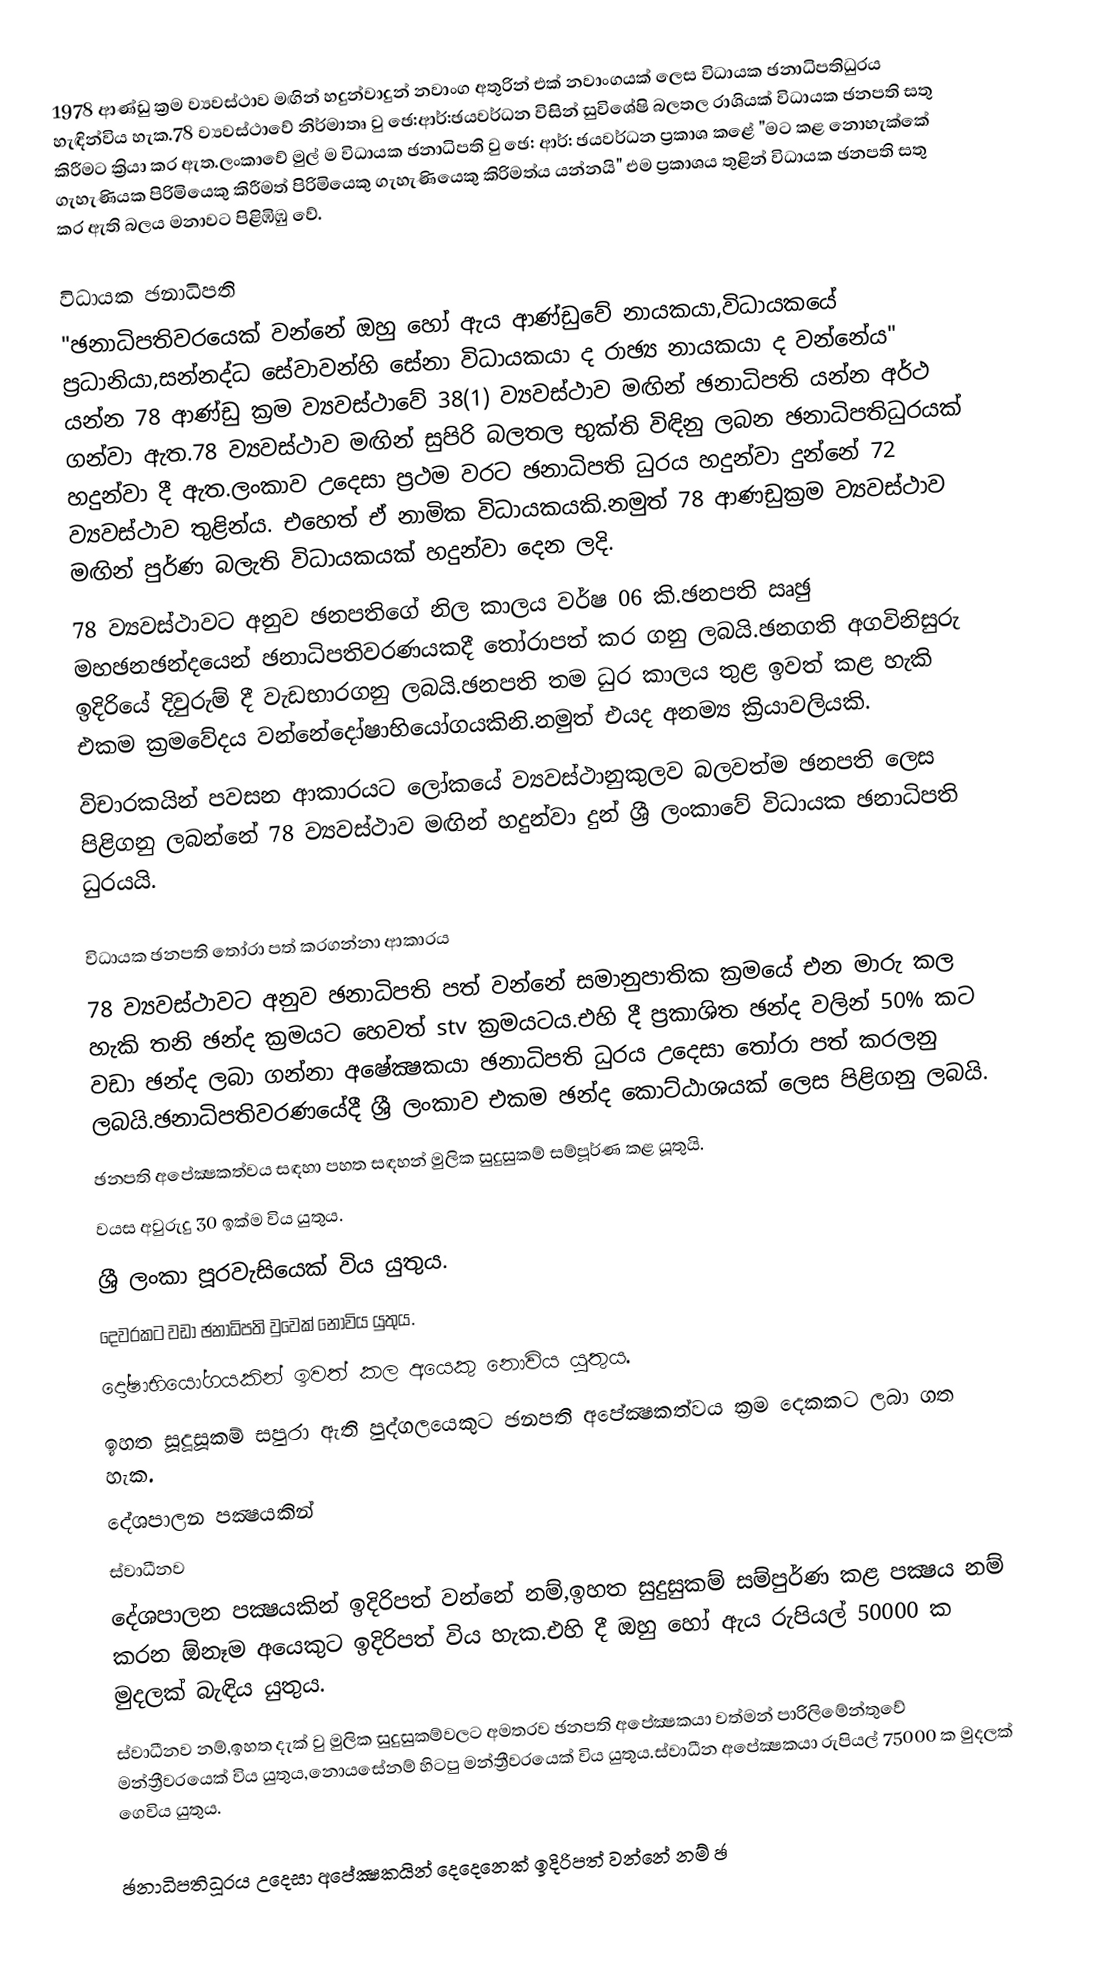
1978 ආණ්ඩු ක්‍රම ව්‍යවස්ථාව මඟින් හදුන්වාදුන් නවාංග අතුරින් එක් නවාංගයක් ලෙස විධායක ඡනාධිපතිධුරය හැඳින්විය හැක.78 ව්‍යවස්ථා‍වේ නිර්මාතෘ වු ඡෙ:ආර්:ඡයවර්ධන විසින් සුවිශේෂි බලතල රාශියක් විධායක ඡනපති සතු කිරීමට ක්‍රියා කර ඇත.ලංකාවේ මුල් ම විධායක ඡනාධිපති වු ‍ඡෙ: ආර්: ඡයවර්ධන ප්‍රකාශ කළේ "මට කළ නොහැක්කේ ගැහැණියක පිරිමියෙකු කිරීමත් පිරිමියෙකු ගැහැණියෙකු කිරිමත්ය යන්නයි" එම ප්‍රකාශය තුළින් විධායක ඡනපති සතු කර ඇති බලය මනාවට පිළිඹිඹු වේ.

විධායක ඡනාධිපති
"ඡනාධිපතිවරයෙක් වන්නේ ඔහු හෝ ඇය ආණ්ඩුවේ නායකයා,විධායකයේ ප්‍රධානියා,සන්නද්ධ සේවාවන්හි සේනා විධායකයා ද රාඡ්‍ය නායකයා ද වන්නේය" යන්න 78 ආණ්ඩු ක්‍රම ව්‍යවස්ථාවේ 38(1) ව්‍යවස්ථාව මඟින් ඡනාධිපති යන්න අර්ථ ගන්වා ඇත.78 ව්‍යවස්ථාව මඟින් සුපිරි බලතල භුක්ති විඳිනු ලබන ඡනාධිපතිධුරයක් හදුන්වා දී ඇත.ලංකාව උ‍දෙසා ප්‍රථම වරට ඡනාධිපති ධුරය හදුන්වා දුන්නේ 72 ව්‍යවස්ථාව තුළින්ය. එහෙත් ඒ නාමික විධායකයකි.නමුත් 78 ආණඩුක්‍රම ව්‍යවස්ථාව මඟින් පුර්ණ බලැති විධායකයක් හදුන්වා දෙන ලදි.
	78 ව්‍යවස්ථාවට අනුව ඡනපතිගේ නිල කාලය වර්ෂ 06 කි.ඡනපති ඍඡු මහඡනඡන්දයෙන් ඡනාධිපතිවරණයකදී තෝරාපත් කර ගනු ලබයි.ඡනගති අගවිනිසුරු ඉදිරියේ දිවුරුම් දී වැඩභාරගනු ලබයි.ඡනපති තම ධුර කාලය තුළ ඉවත් කළ හැකි එකම ක්‍රමවේදය වන්නේදෝෂාභියෝගයකිනි.නමුත් එයද අනම්‍ය ක්‍රියාවලියකි.
	විචාරකයින් පවසන ආකාරයට ලෝකයේ ව්‍යවස්ථානුකුලව බලවත්ම ඡනපති ලෙස පිළිගනු ලබන්නේ 78 ව්‍යවස්ථාව මඟින් හදුන්වා දුන් ශ්‍රී ලංකාවේ විධායක ඡනාධිපති ධුරයයි.

විධායක ඡනපති තෝරා පත් කරගන්නා ආකාරය
	78 ව්‍යවස්ථාවට අනුව ඡනාධිපති පත් වන්නේ සමානුපාතික ක්‍රමයේ එන මාරු කල හැකි තනි ඡන්ද ක්‍රමයට ‍හෙවත් stv ක්‍රමයටය.එහි දී ප්‍රකාශිත ඡන්ද වලින් 50% කට වඩා ඡන්ද ලබා ගන්නා අ‍ෂේක්‍ෂකයා ඡනාධිපති ධුරය උදෙසා තෝරා පත් කරලනු ලබයි.ඡනාධිපතිවරණයේදී ශ්‍රී ලංකාව එකම ඡන්ද කොට්ඨාශයක් ලෙස පිළිගනු ලබයි.
	ඡනපති අපේක්‍ෂකත්වය සඳහා පහත සඳහන් මුලික සුදුසුකම් සම්පූර්ණ කළ යූතුයි.
වයස අවුරුදු 30 ඉක්ම විය යුතුය.
ශ්‍රී ලංකා පූරවැසියෙක් විය යුතුය.
දෙවරකට වඩා ඡනාධිපති වුවෙක් නොවිය යුතුය.
දෝෂාභියෝගයකින් ඉවත් කල අයෙකු නොවිය යුතුය.
ඉහත සූදූසූකම් සපුරා ඇති පුද්ගලයෙකුට ඡනපති අපේක්‍ෂකත්වය ක්‍රම දෙකකට ලබා ගත හැක.
දේශපාලන පක්‍ෂයකින්
ස්වාධීනව
දේශපාලන පක්‍ෂයකින් ඉදිරිපත් වන්නේ නම්,ඉහත සුදුසුකම් සම්පුර්ණ කළ පක්‍ෂය නම් කරන ඕනෑම අයෙකුට ඉදිරිපත් විය හැක.එහි දී ඔහු හෝ ඇය රුපියල් 50000 ක මුදලක් බැඳිය යුතුය.
ස්වාධීනව නම්,ඉහත දැක් වු මුලික සුදුසුකම්වලට අමතරව ඡනපති අ‍පේක්‍ෂකයා වත්මන් පාරිලිමේන්තුවේ මන්ත්‍රීවරයෙක් විය යුතුය,නොයසේනම් හිටපු මන්ත්‍රීවරයෙක් විය යුතුය.ස්වාධීන අපේක්‍ෂකයා රුපියල් 75000 ක මුදලක් ගෙවිය යුතුය.

ඡනාධිපතිධූරය උදෙසා අපේක්‍ෂකයින් දෙදෙනෙක් ඉදිරිපත් වන්නේ නම් ඡ